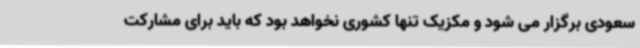
سعودی برگزار می شود و مکزیک تنها کشوری نخواهد بود که باید برای مشارکت